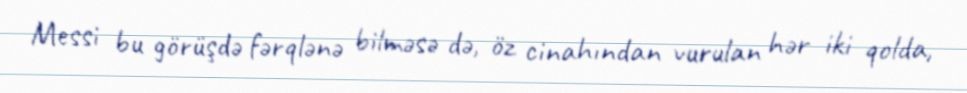
Messi bu görüşdə fərqlənə bilməsə də, öz cinahından vurulan hər iki qolda,